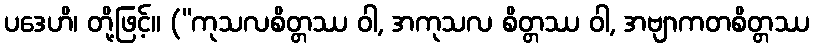
ပဒေဟိ၊ တို့ဖြင့်။ (“ကုသလစိတ္တဿ ဝါ, အကုသလ စိတ္တဿ ဝါ, အဗျာကတစိတ္တဿ